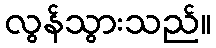
လွန်သွားသည်။